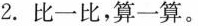
2. 比一比，算一算。